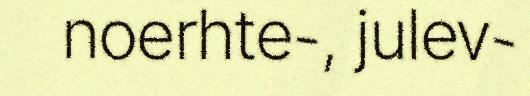
noerhte-, julev-